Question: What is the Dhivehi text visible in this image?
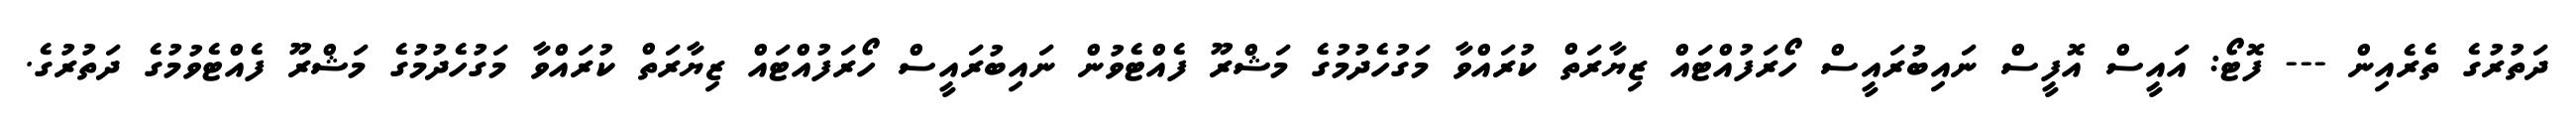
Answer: ދަތުރުގެ ތެރެއިން --- ފޮޓޯ: އައީސް އޮފީސް ނައިބުރައީސް ހޯރަފުއްޓައް ޒިޔާރަތް ކުރައްވާ މަގުހެދުމުގެ މަޝްރޫ ފެއްޓެވުން ނައިބުރައީސް ހޯރަފުއްޓައް ޒިޔާރަތް ކުރައްވާ މަގުހެދުމުގެ މަޝްރޫ ފެއްޓެވުމުގެ ދަތުރުގެ.